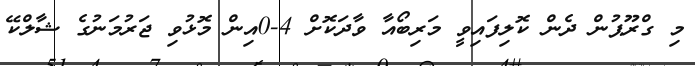
މި ގްރޫޕުން ދެން ކޮލިފައިވީ މަރިބޯއާ ވާދަކޮށް 4-0އިން މޮޅުވި ޖަރުމަނުގެ ޝާލްކޭ